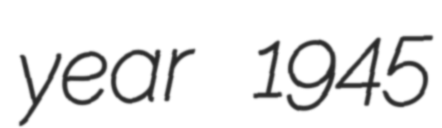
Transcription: year 1945